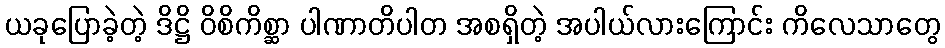
ယခုပြောခဲ့တဲ့ ဒိဋ္ဌိ ဝိစိကိစ္ဆာ ပါဏာတိပါတ အစရှိတဲ့ အပါယ်လားကြောင်း ကိလေသာတွေ